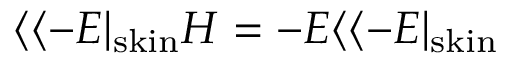
\langle \langle - E | _ { \mathrm { s k i n } } H = - E \langle \langle - E | _ { \mathrm { s k i n } }